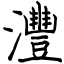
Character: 灃